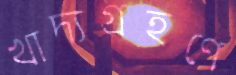
খাদ্যগ্রহণে